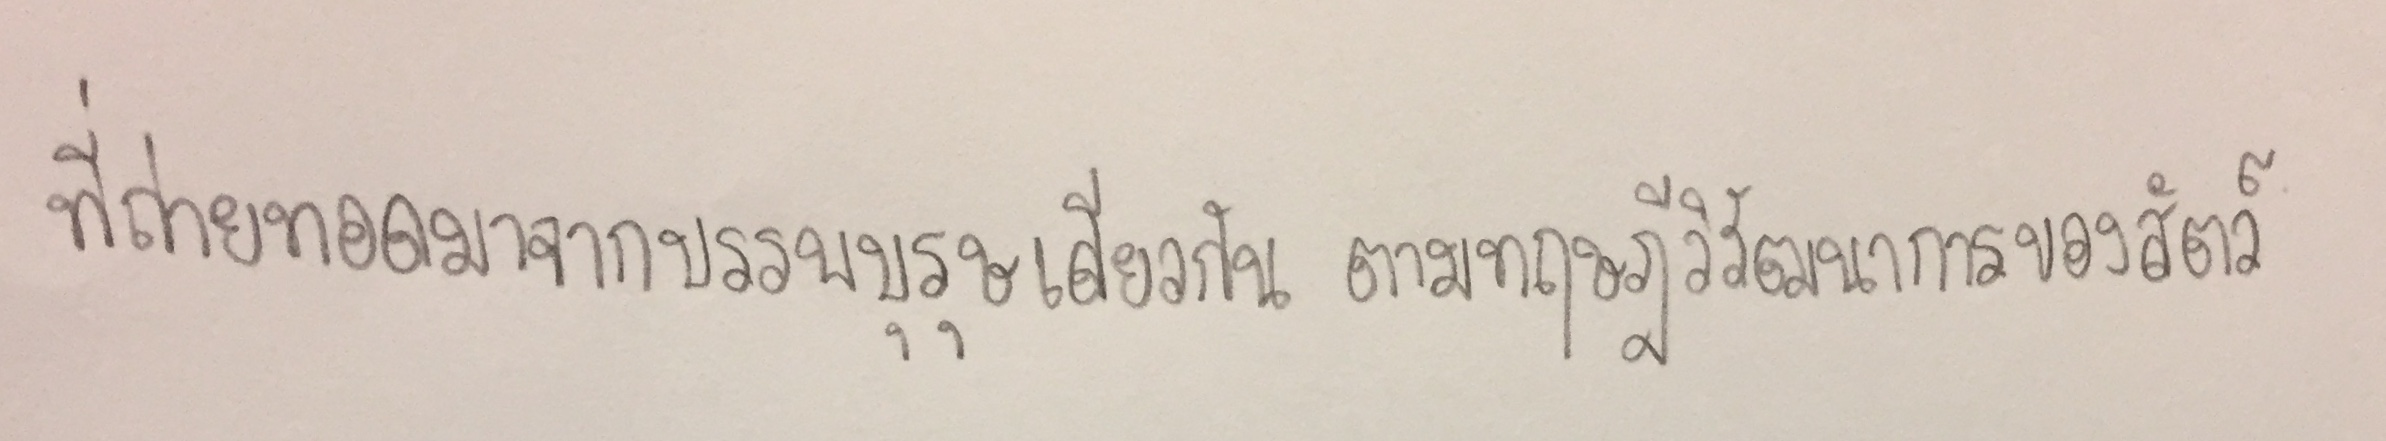
ที่ถ่ายทอดมาจากบรรพบุรุษเดียวกัน ตามทฤษฎีวิวัฒนาการของสัตว์